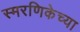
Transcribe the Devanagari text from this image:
स्मरणिकेच्या